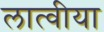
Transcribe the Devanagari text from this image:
लात्वीया